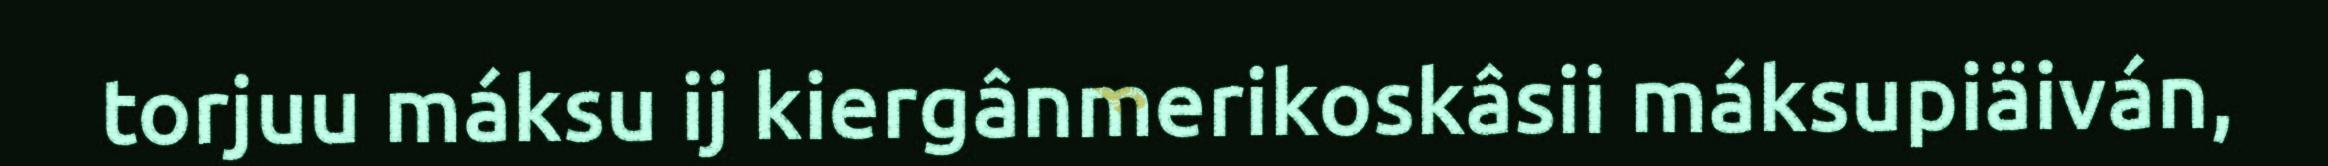
torjuu máksu ij kiergânmerikoskâsii máksupiäiván,